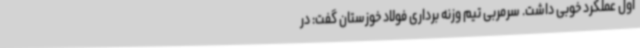
اول عملکرد خوبی داشت. سرمربی تیم وزنه برداری فولاد خوزستان گفت: در